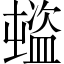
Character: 𥂉